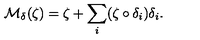
{ \mathcal M } _ { \delta } ( \zeta ) = \zeta + \sum _ { i } ( \zeta \circ \delta _ { i } ) \delta _ { i } .